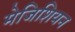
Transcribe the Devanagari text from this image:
मेजिशियन